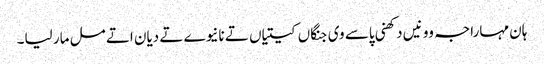
ہان مہاراجہ وو نیں دکھنی پاسے وی جنگاں کیتیاں تے نانیوے تے دیان اتے مل مار لیا۔